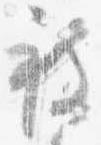
被